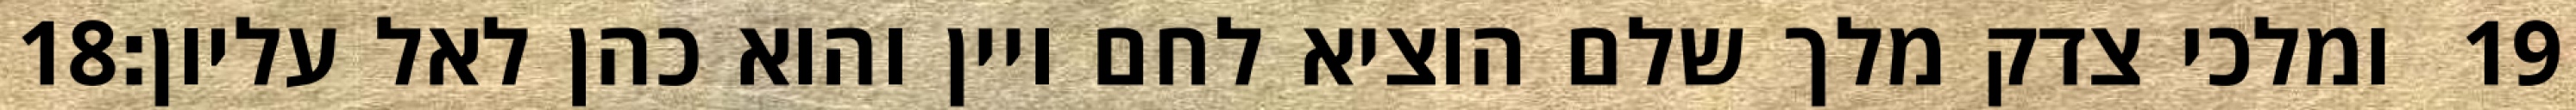
‎18‏ ומלכי צדק מלך שלם הוציא לחם ויין והוא כהן לאל עליון׃ ‎19‏